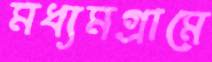
মধ্যমগ্রামে